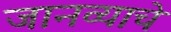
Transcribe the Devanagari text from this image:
जानव्याचे